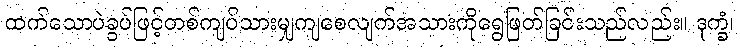
ထက်သောပဲခွပ်ဖြင့်တစ်ကျပ်သားမျှကျစေလျက်အသားကိုရွေဖြတ်ခြင်းသည်လည်း။ ဒုက္ခံ၊